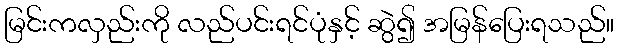
မြင်းကလှည်းကို လည်ပင်းရင်ပုံနှင့် ဆွဲ၍ အမြန်ပြေးရသည်။